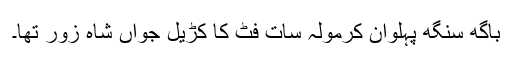
باگھ سنگھ پہلوان کرمولہ سات فٹ کا کڑیل جواں شاہ زور تھا۔